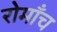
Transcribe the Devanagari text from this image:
रोमाँच